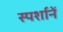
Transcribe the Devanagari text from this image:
स्पर्शानें